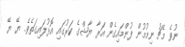
ނުވެ މެޗު ނިމުމުން ފުންމައިގެން އަރާ ޔާޝްގެ ކަރުގައި އޮޅުލައިގަތެވެ. ޔޭ ޔޭ